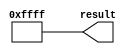
module  const1_16_lpm_constant
	( 
	result) /* synthesis synthesis_clearbox=1 */;
	output   [15:0]  result;


	assign
		result = {16{1'b1}};
endmodule